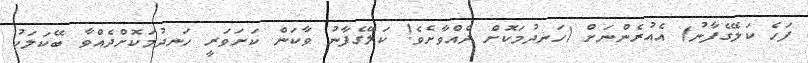
ފަހެ ކަލޭގެފާނު) އެއުރެންނަށް (ހަނދުމަކޮށް ދެއްވާށެވެ! ކަލޭގެފާނު ވާކަން ކަށަވަރީ ހަނދުމަކޮށްދެއްވާ ބޭކަލަކު